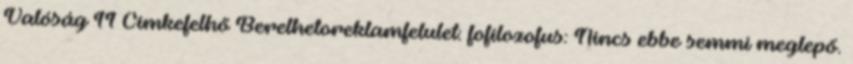
Valóság 11 Címkefelhő Berelhetoreklamfelulet: fofilozofus: Nincs ebbe semmi meglepő.